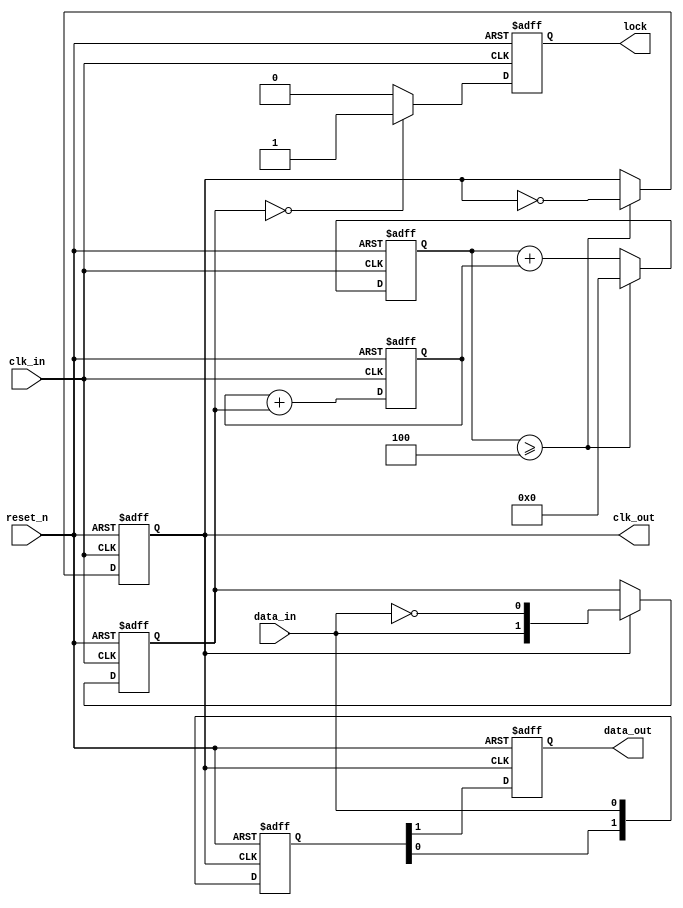
module pll_synchronizer (
    input wire clk_in,        // Incoming clock signal
    input wire data_in,       // Incoming data signal
    input wire reset_n,       // Active-low reset signal
    output reg clk_out,       // Synchronized output clock
    output reg data_out,      // Synchronized output data
    output reg lock           // Lock indicator
);

// Parameters
parameter N = 4;             // Divider value
parameter STAGES = 2;        // Number of synchronizer stages

// Internal signals
reg [1:0] phase_err;         // Phase error signal from phase detector
reg [1:0] phase_err_prev;    // Previous phase error for filtering
reg [3:0] vco_counter;       // VCO counter
reg [1:0] filter_out;        // Output of the loop filter
reg [STAGES-1:0] sync_reg;   // Synchronizer registers
reg lock_reg;                // Lock status

// Phase Detector
always @(posedge clk_in or negedge reset_n) begin
    if (!reset_n) begin
        phase_err <= 2'b00;
    end else begin
        // Simple phase error detection (example)
        if (clk_out) begin
            phase_err <= {data_in, ~data_in}; // Simple phase comparison
        end
    end
end

// Loop Filter (simple integrator)
always @(posedge clk_in or negedge reset_n) begin
    if (!reset_n) begin
        filter_out <= 2'b00;
    end else begin
        // Simple low-pass filter (example)
        filter_out <= filter_out + phase_err;
    end
end

// Voltage-Controlled Oscillator (VCO)
always @(posedge clk_in or negedge reset_n) begin
    if (!reset_n) begin
        vco_counter <= 4'b0000;
        clk_out <= 1'b0;
    end else begin
        // VCO frequency control (example)
        vco_counter <= vco_counter + filter_out;
        if (vco_counter >= N) begin
            clk_out <= ~clk_out; // Toggle output clock
            vco_counter <= 4'b0000; // Reset counter
        end
    end
end

// Multi-stage Synchronizer
always @(posedge clk_out or negedge reset_n) begin
    if (!reset_n) begin
        sync_reg <= {STAGES{1'b0}};
    end else begin
        sync_reg <= {sync_reg[STAGES-2:0], data_in}; // Shift data into synchronizer
    end
end

// Capture synchronized data
always @(posedge clk_out or negedge reset_n) begin
    if (!reset_n) begin
        data_out <= 1'b0;
    end else begin
        data_out <= sync_reg[STAGES-1]; // Output the last stage
    end
end

// Lock Detection (simple example)
always @(posedge clk_in or negedge reset_n) begin
    if (!reset_n) begin
        lock_reg <= 1'b0;
    end else begin
        // Simple lock detection logic (example)
        if (phase_err == 2'b00) begin
            lock_reg <= 1'b1; // Lock achieved
        end else begin
            lock_reg <= 1'b0; // Not locked
        end
    end
end

assign lock = lock_reg;

endmodule